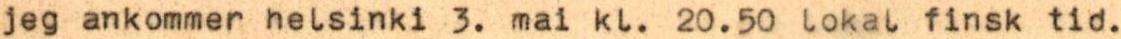
jeg ankommer helsinki 3. mai kl. 20.50 lokal finsk tid.